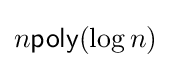
n{\textsf {poly}}(\log n)